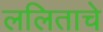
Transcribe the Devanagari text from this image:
ललिताचे